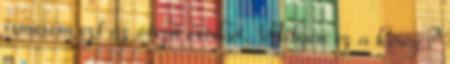
ismerem ezt az ötízű csirkét. Milyen ez a kéreg?